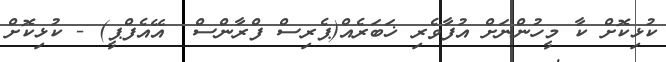
ކުޅިކޮށް ކާ މީހުންނަށް އުފާވެރި ޚަބަރެއް(ޕެރިސް ފްރާންސް  އޭއެފްޕީ) - ކުޅިކޮށް